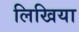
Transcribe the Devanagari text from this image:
लिखिया